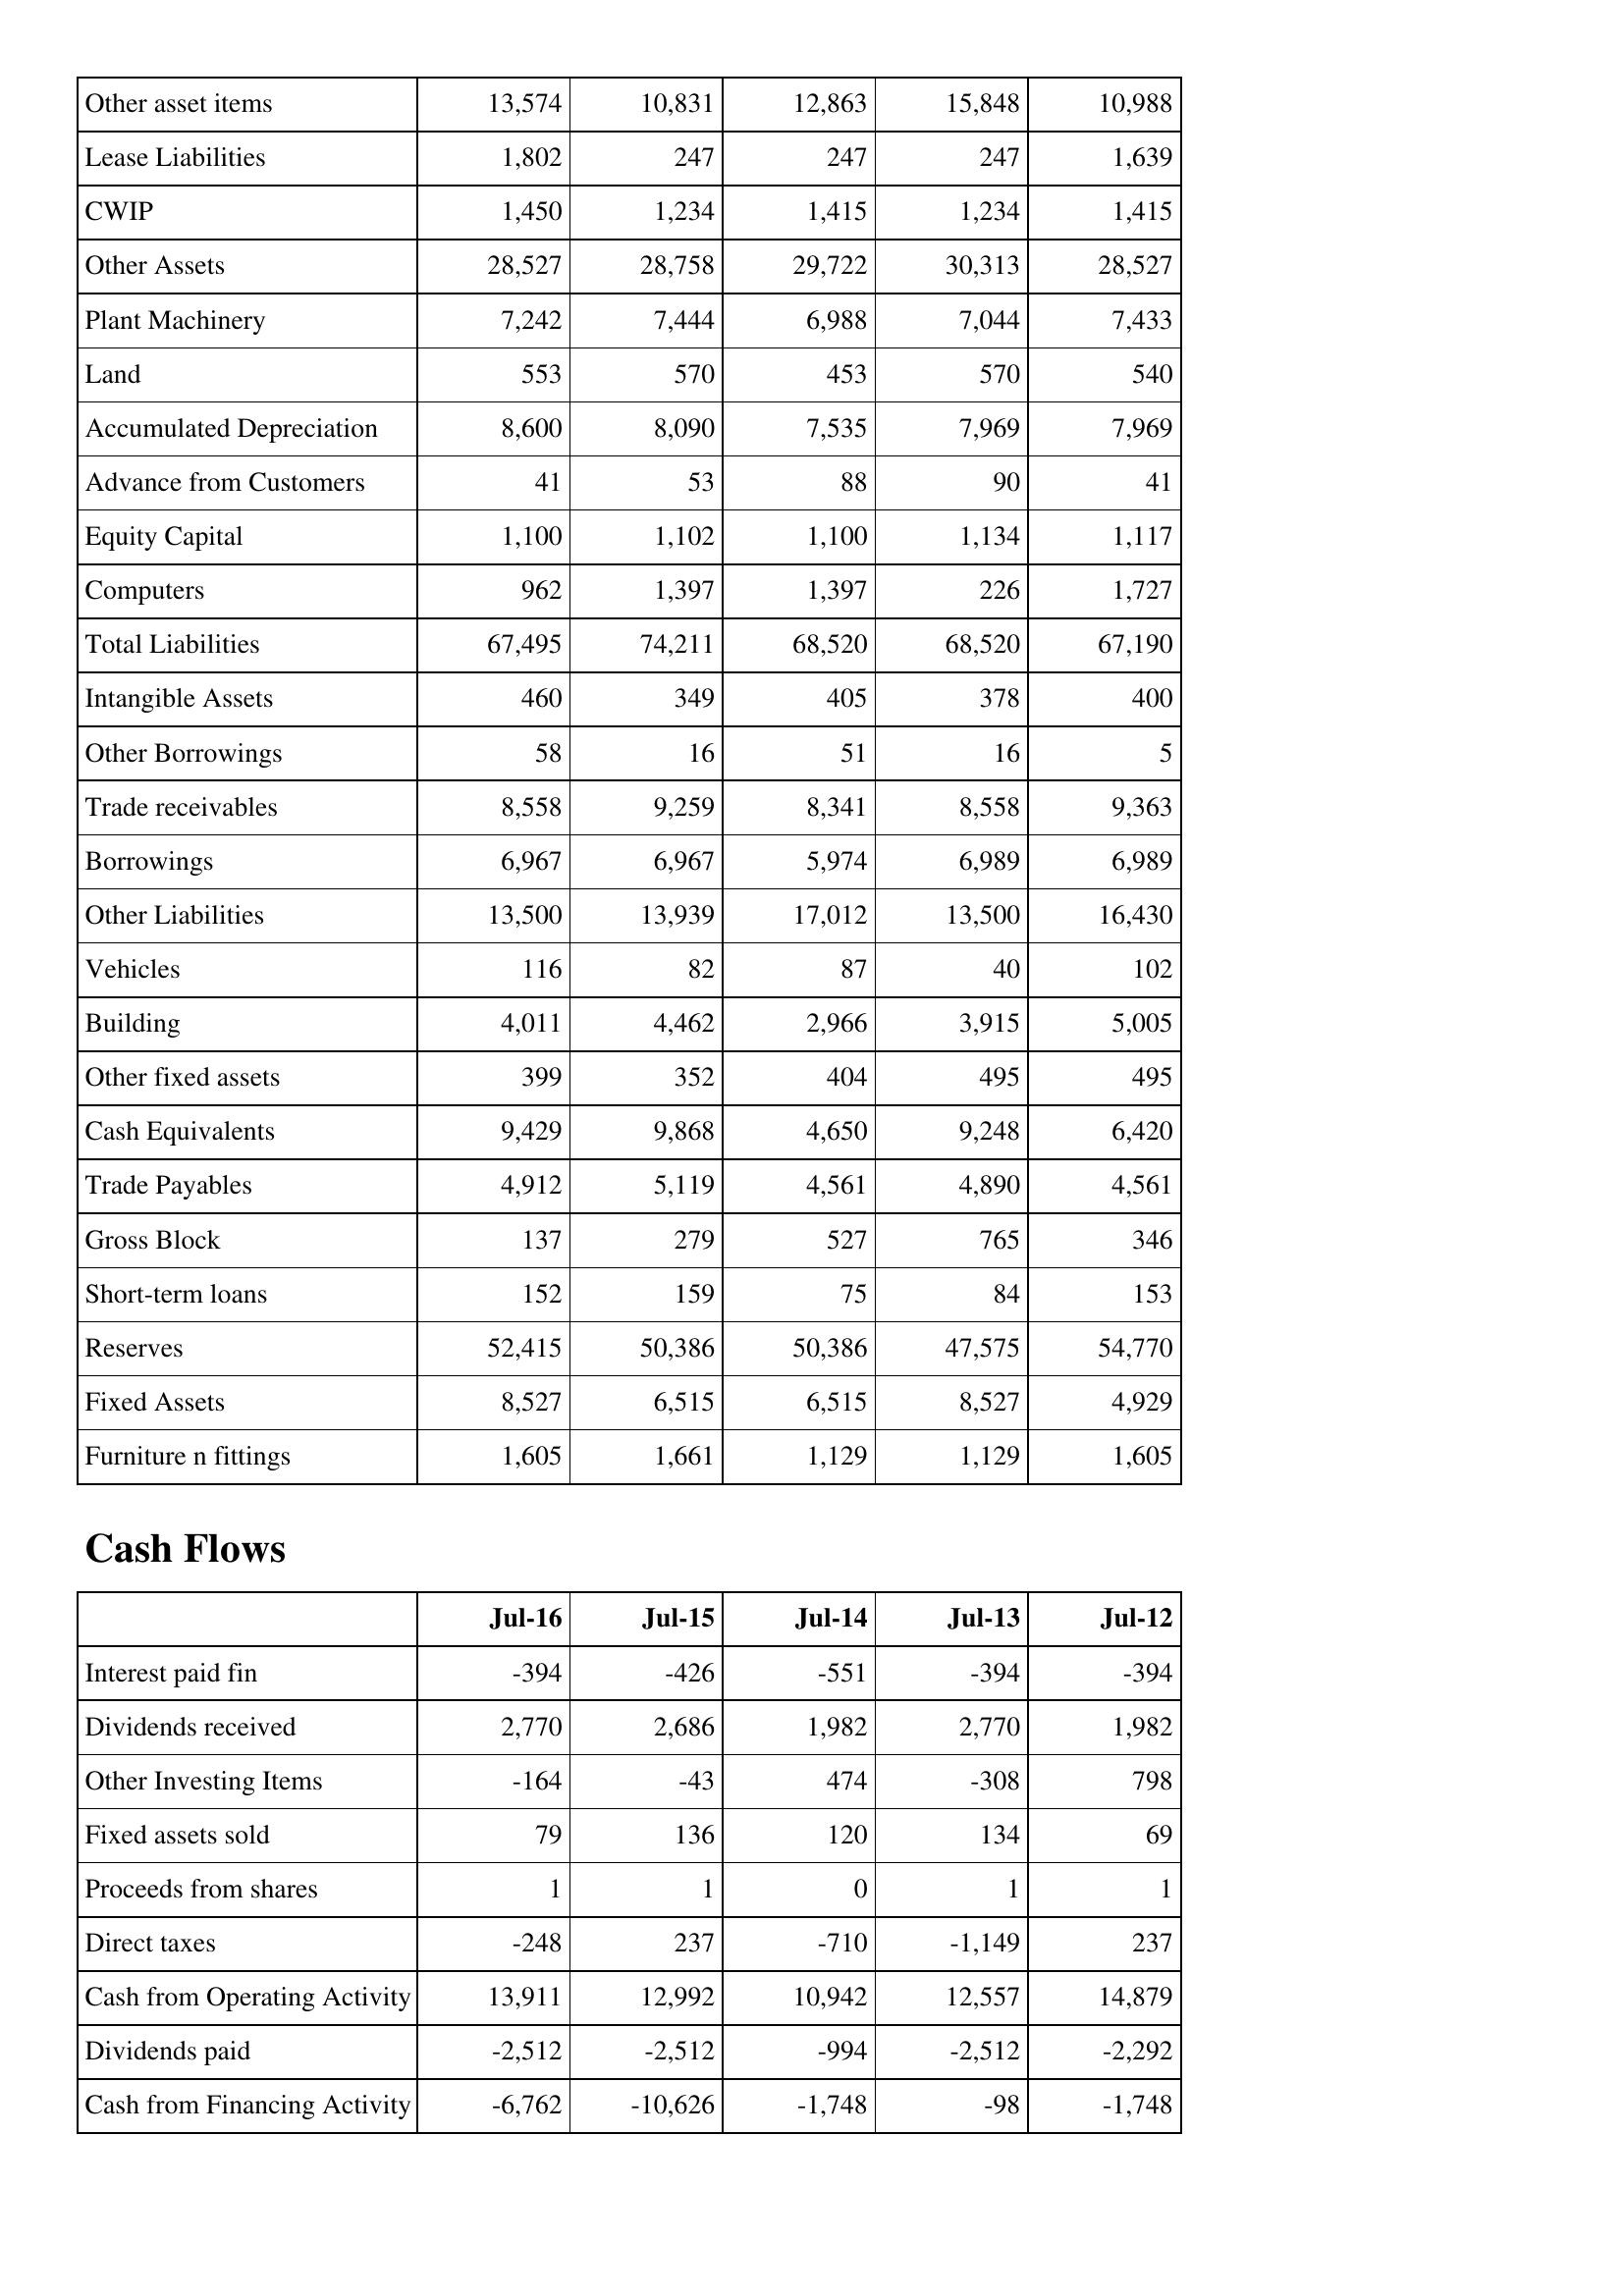
Jul-16: Balance Sheet: Other asset items: 13,574
Lease Liabilities: 1,802
CWIP: 1,450
Other Assets: 28,527
Plant Machinery: 7,242
Land: 553
Accumulated Depreciation: 8,600
Advance from Customers: 41
Equity Capital: 1,100
Computers: 962
Total Liabilities: 67,495
Intangible Assets: 460
Other Borrowings: 58
Trade receivables: 8,558
Borrowings: 6,967
Other Liabilities: 13,500
Vehicles: 116
Building: 4,011
Other fixed assets: 399
Cash Equivalents: 9,429
Trade Payables: 4,912
Gross Block: 137
Short-term loans: 152
Reserves: 52,415
Fixed Assets: 8,527
Furniture n fittings: 1,605
Cash Flows: Interest paid fin: -394
Dividends received: 2,770
Other Investing Items: -164
Fixed assets sold: 79
Proceeds from shares: 1
Direct taxes: -248
Cash from Operating Activity: 13,911
Dividends paid: -2,512
Cash from Financing Activity: -6,762
Jul-15: Balance Sheet: Other asset items: 10,831
Lease Liabilities: 247
CWIP: 1,234
Other Assets: 28,758
Plant Machinery: 7,444
Land: 570
Accumulated Depreciation: 8,090
Advance from Customers: 53
Equity Capital: 1,102
Computers: 1,397
Total Liabilities: 74,211
Intangible Assets: 349
Other Borrowings: 16
Trade receivables: 9,259
Borrowings: 6,967
Other Liabilities: 13,939
Vehicles: 82
Building: 4,462
Other fixed assets: 352
Cash Equivalents: 9,868
Trade Payables: 5,119
Gross Block: 279
Short-term loans: 159
Reserves: 50,386
Fixed Assets: 6,515
Furniture n fittings: 1,661
Cash Flows: Interest paid fin: -426
Dividends received: 2,686
Other Investing Items: -43
Fixed assets sold: 136
Proceeds from shares: 1
Direct taxes: 237
Cash from Operating Activity: 12,992
Dividends paid: -2,512
Cash from Financing Activity: -10,626
Jul-14: Balance Sheet: Other asset items: 12,863
Lease Liabilities: 247
CWIP: 1,415
Other Assets: 29,722
Plant Machinery: 6,988
Land: 453
Accumulated Depreciation: 7,535
Advance from Customers: 88
Equity Capital: 1,100
Computers: 1,397
Total Liabilities: 68,520
Intangible Assets: 405
Other Borrowings: 51
Trade receivables: 8,341
Borrowings: 5,974
Other Liabilities: 17,012
Vehicles: 87
Building: 2,966
Other fixed assets: 404
Cash Equivalents: 4,650
Trade Payables: 4,561
Gross Block: 527
Short-term loans: 75
Reserves: 50,386
Fixed Assets: 6,515
Furniture n fittings: 1,129
Cash Flows: Interest paid fin: -551
Dividends received: 1,982
Other Investing Items: 474
Fixed assets sold: 120
Proceeds from shares: 0
Direct taxes: -710
Cash from Operating Activity: 10,942
Dividends paid: -994
Cash from Financing Activity: -1,748
Jul-13: Balance Sheet: Other asset items: 15,848
Lease Liabilities: 247
CWIP: 1,234
Other Assets: 30,313
Plant Machinery: 7,044
Land: 570
Accumulated Depreciation: 7,969
Advance from Customers: 90
Equity Capital: 1,134
Computers: 226
Total Liabilities: 68,520
Intangible Assets: 378
Other Borrowings: 16
Trade receivables: 8,558
Borrowings: 6,989
Other Liabilities: 13,500
Vehicles: 40
Building: 3,915
Other fixed assets: 495
Cash Equivalents: 9,248
Trade Payables: 4,890
Gross Block: 765
Short-term loans: 84
Reserves: 47,575
Fixed Assets: 8,527
Furniture n fittings: 1,129
Cash Flows: Interest paid fin: -394
Dividends received: 2,770
Other Investing Items: -308
Fixed assets sold: 134
Proceeds from shares: 1
Direct taxes: -1,149
Cash from Operating Activity: 12,557
Dividends paid: -2,512
Cash from Financing Activity: -98
Jul-12: Balance Sheet: Other asset items: 10,988
Lease Liabilities: 1,639
CWIP: 1,415
Other Assets: 28,527
Plant Machinery: 7,433
Land: 540
Accumulated Depreciation: 7,969
Advance from Customers: 41
Equity Capital: 1,117
Computers: 1,727
Total Liabilities: 67,190
Intangible Assets: 400
Other Borrowings: 5
Trade receivables: 9,363
Borrowings: 6,989
Other Liabilities: 16,430
Vehicles: 102
Building: 5,005
Other fixed assets: 495
Cash Equivalents: 6,420
Trade Payables: 4,561
Gross Block: 346
Short-term loans: 153
Reserves: 54,770
Fixed Assets: 4,929
Furniture n fittings: 1,605
Cash Flows: Interest paid fin: -394
Dividends received: 1,982
Other Investing Items: 798
Fixed assets sold: 69
Proceeds from shares: 1
Direct taxes: 237
Cash from Operating Activity: 14,879
Dividends paid: -2,292
Cash from Financing Activity: -1,748